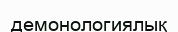
демонологиялық